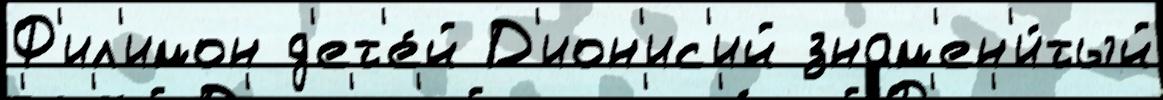
Ф'ил'имон д'ет'е́й Д'ион'ис'ий знам'ен'и́тый